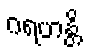
ဂရဟန္တိ